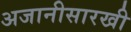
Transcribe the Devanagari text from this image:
अजानीसारखी